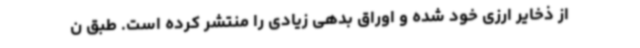
از ذخایر ارزی خود شده و اوراق بدهی زیادی را منتشر کرده است. طبق ن